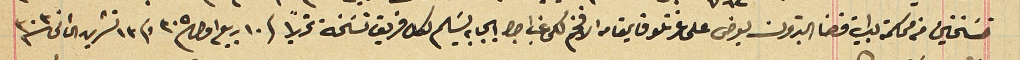
نسَختين من محكمة بداية قضا البترون يعرض على عزتلو قايمقام الافخم لكى غب اجرا ايجابه يسَلم لكل فريق نسَخة تحريراً فى ١٠ ربيع اول سنة ٣٠٥ وفى ١٣ تشرين الثانى سنة ٣٠٣